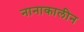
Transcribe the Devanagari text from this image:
नानाकालीन